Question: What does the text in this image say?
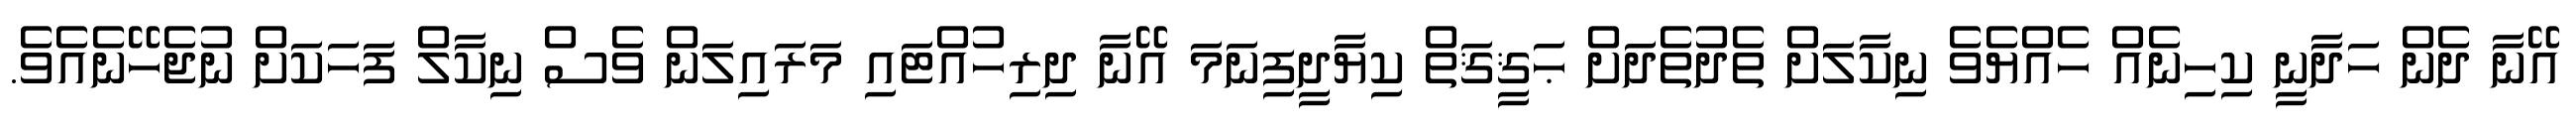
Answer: އޭނާ ދެން ހަދާނީ ކިހިނެއް ހެއްޔެވެ ނިކާލަށް ތެދުތެދަށް ޙަޤީޤަތް ކިޔާދީފިނަމަ އޭނާ ދިރިހުއްޓައި މަރައިލަން ވެސް ނިކާލް ފަހަކަށް ނުޖެހޭނެއެވެ.